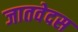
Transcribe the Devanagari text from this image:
जातवेदस